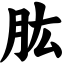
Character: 肱